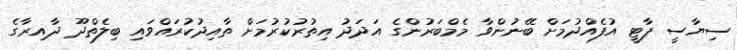
ސިޔާސީ ޕާޓީ އުފެއްދުމަށް ބޭނުންވާ މެމްބަރުންގެ އަދަދު އިތުރުކުރުމަށް ތާއިދުކުރައްވައި ބިލެތްދޫ ދާއިރާގެ